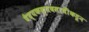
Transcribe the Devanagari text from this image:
वैद्यकव्यवसायींकडून